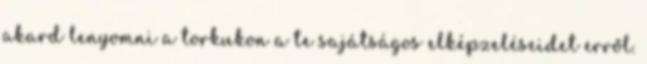
akard lenyomni a torkukon a te sajátságos elképzeléseidet erről.